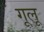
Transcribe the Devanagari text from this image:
गूलू